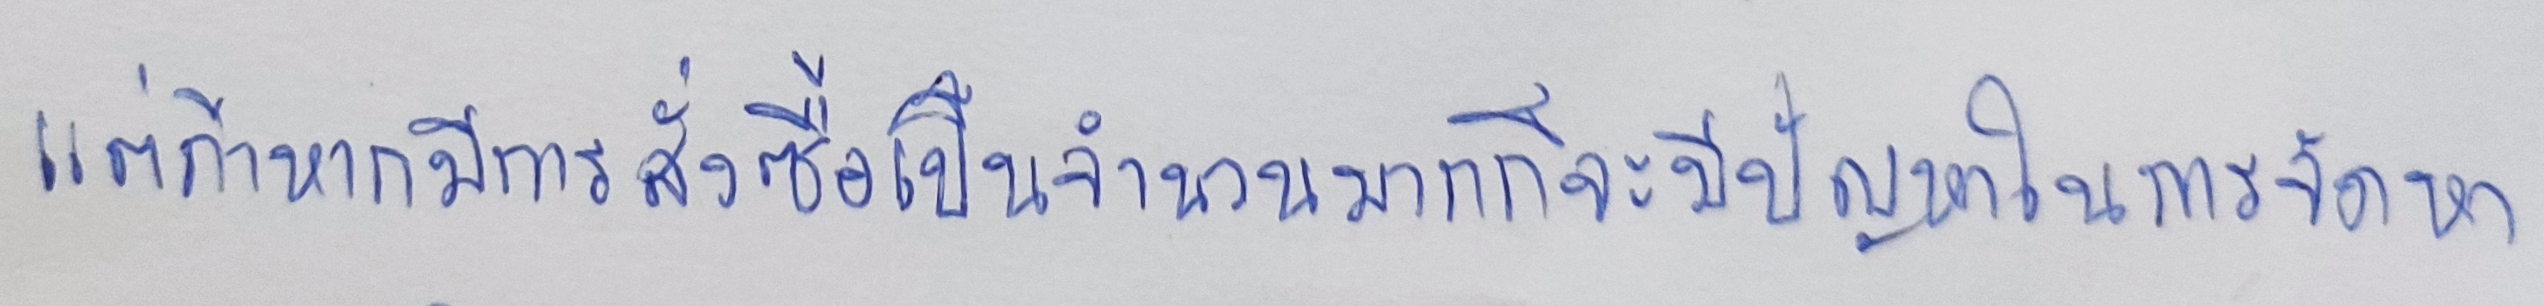
แต่ถ้าหากมีการสั่งซื้อเป็นจำนวนมากก็จะมีปัญหาในการจัดหา